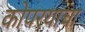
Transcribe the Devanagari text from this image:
कोपरयाचा